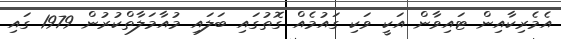
އެމެރިކާއިން ޓައިވާން އަކީ ވަކި ގައުމެއް ގޮތުގައި ބަލައި މުއާމަލާތްކުރުން 1979 ގައި